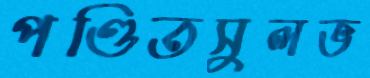
পণ্ডিতসুলভ